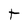
Character: t